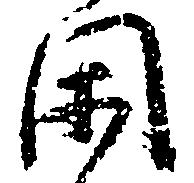
閑